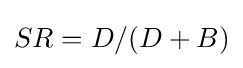
SR=D/(D+B)